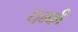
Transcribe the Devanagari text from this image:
धम्की